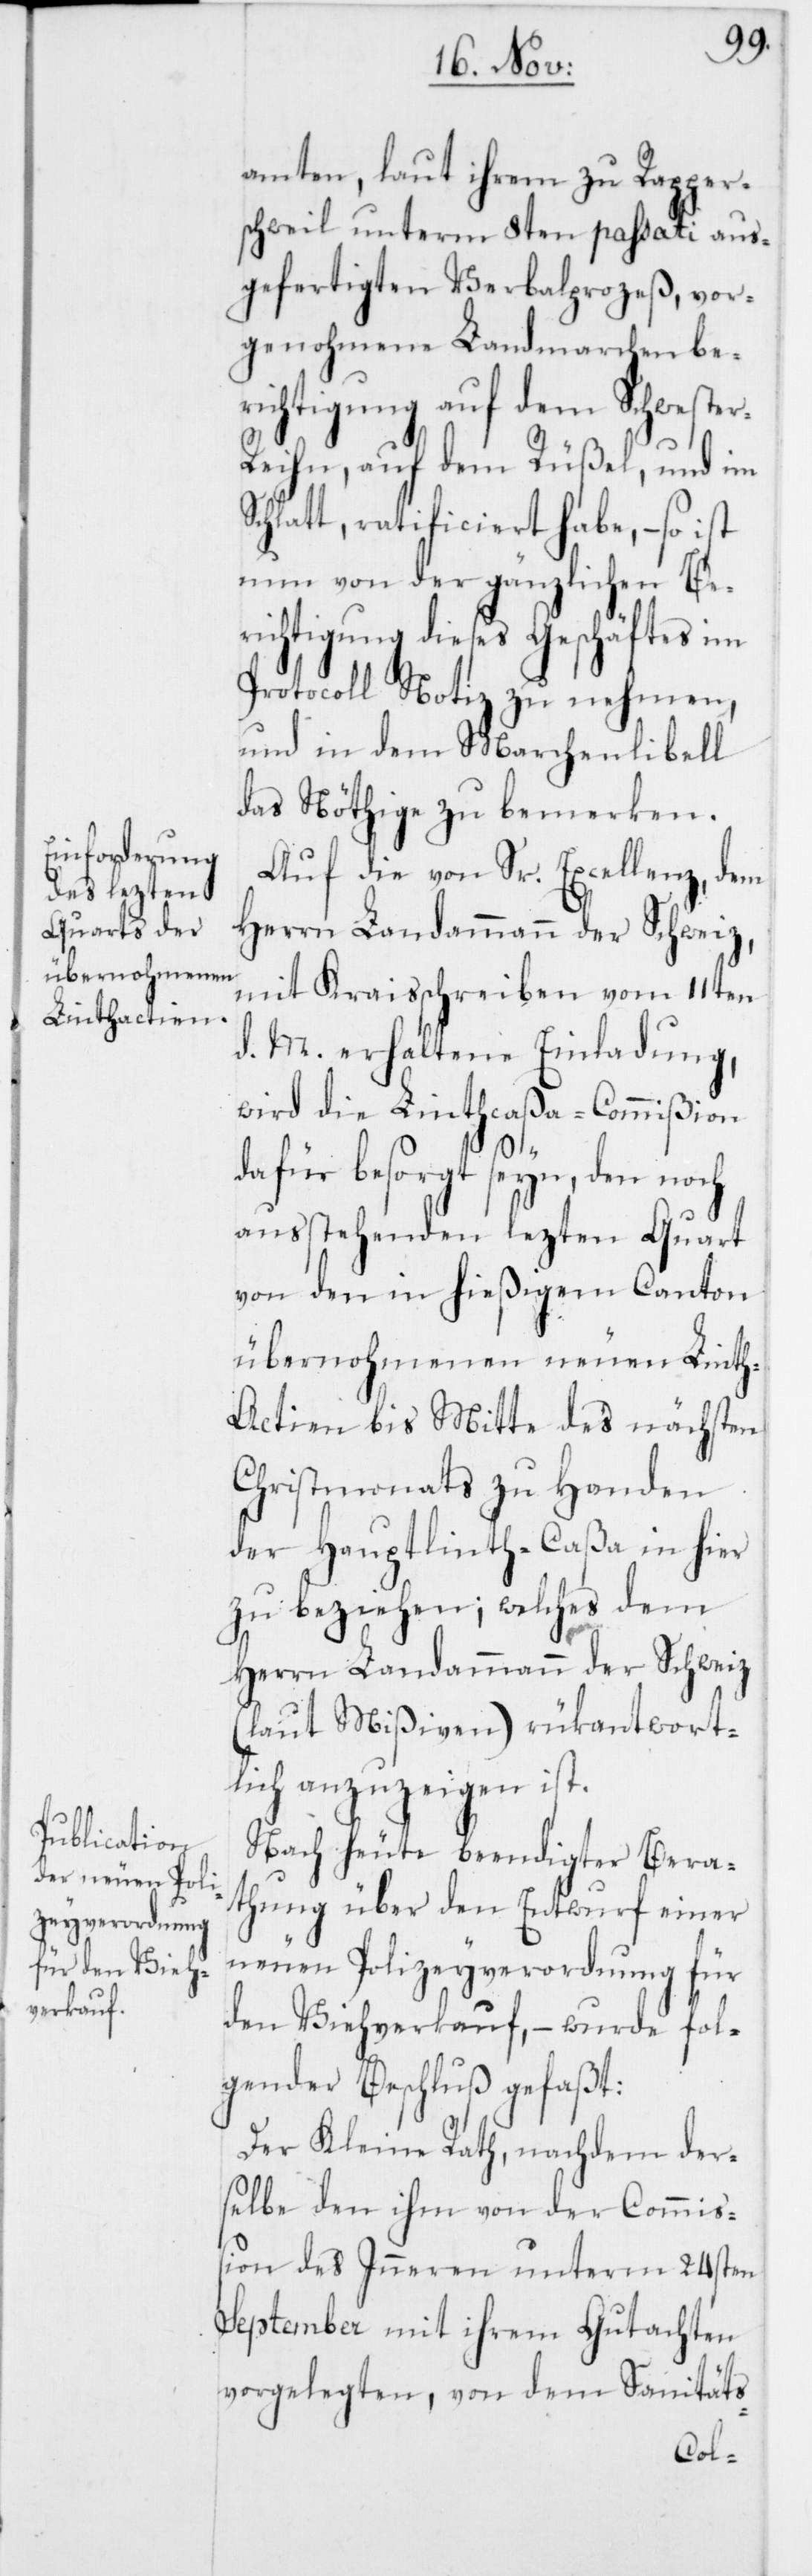
amten, laut ihrem zu Rapper¬
swil unterm 8ten passati aus¬
gefertigten Verbalprozeß, vor¬
genohmene Landmarchenbe¬
richtigung auf dem Schweste¬
r-Reihn, auf dem Rüßel, und im
Schlatt, ratificiert habe, – so ist
nun von der gänzlichen Be¬
richtigung dieses Geschäftes im
Protocoll Notiz zu nehmen,
und in dem Marchenlibell
das Nöthige zu bemerken.
Auf die von Sr. Excellenz, dem
Herrn Landammann der Schweiz,
mit Kraisschreiben vom 11ten
d. M. erhaltene Einladung,
wird die Linthcaßa-Commißion
dafür besorgt seyn, den noch
außtehenden lezten Quart
von den in hießigem Canton
übernohmenen neuen Lint¬
h-Actien bis Mitte des nächsten
Christmonats zu Handen
der Hauptlinth-Caßa in hier
zu beziehen; welches dem
Herrn Landammann der Schweiz
(laut Mißiven) rükantwort¬
lich anzuzeigen ist.
Nach heute beendigter Bera¬
thung über den Entwurf einer
neuen Polizeyverordnung für
den Viehverkauf, – wurde fol¬
gender Beschluß gefaßt:
Der Kleine Rath, nachdem der¬
selbe den ihm von der Commiß¬
ion des Inneren unterm 24sten
September mit ihrem Gutachten
vorgelegten, von dem Sanitäts-